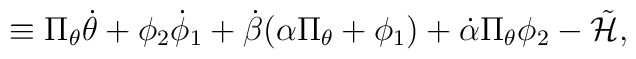
\equiv \Pi _\theta \dot \theta  +\phi _2 \dot \phi _1  +\dot \beta(\alpha \Pi_\theta +\phi _1)+\dot \alpha \Pi_\theta \phi _2-\tilde {\cal H},